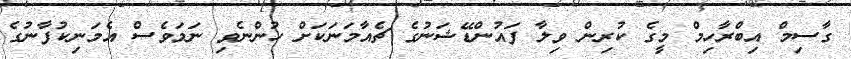
ގާސިމް އިބްރާހިމް މީގެ ކުރިން ވިލާ ފައުންޑޭޝަނުގެ ޗެއާމަނަކަށް ހުންނެވި ނަމަވެސް އެމަނިކުފާނުގެ